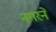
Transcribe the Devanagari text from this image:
नगरने